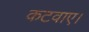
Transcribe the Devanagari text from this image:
कटवाए।